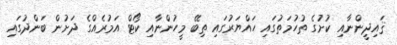
ޤައިދީންނާއި ކުށުގެ ތުހުމަތުގައި ހައްޔަރުގައި ތިބޭ މީހުންނާއި ކޯޓް އަމުރެއްގެ ދަށުން ބަންދުގައި